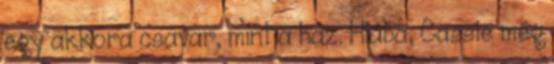
egy akkora csavar, mint a ház. Hiába, Cassie még